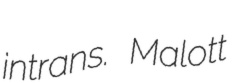
intrans. Malott